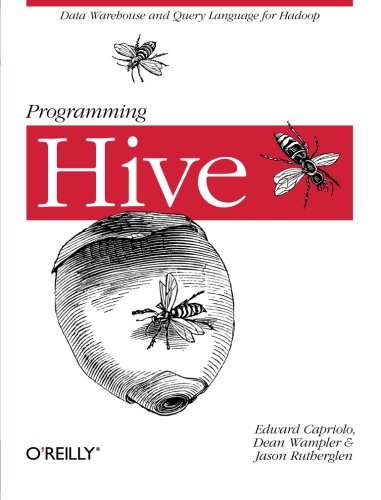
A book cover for Programming Hive; Edward Capriolo; Computers & Technology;